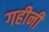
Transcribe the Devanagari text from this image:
गहीनी